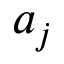
a _ { j }